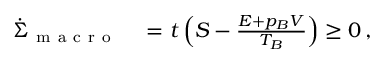
\begin{array} { r l } { \dot { \Sigma } _ { \mathrm { ~ m ~ a ~ c ~ r ~ o ~ } } } & { { } = \d _ { t } \left( S - \frac { E + p _ { B } V } { T _ { B } } \right) \geq 0 \, , } \end{array}